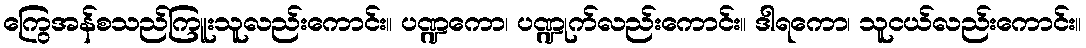
ကြွေအန်စသည်ကြူးသူလည်းကောင်း။ ပဏ္ဍကော၊ ပဏ္ဍုက်လည်းကောင်း။ ဒါရကော၊ သူငယ်လည်းကောင်း။